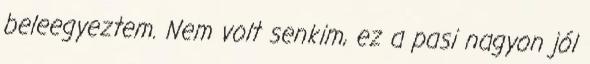
beleegyeztem. Nem volt senkim, ez a pasi nagyon jól